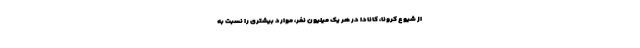
از شیوع کرونا، کانادا در هر یک میلیون نفر، موارد بیشتری را نسبت به